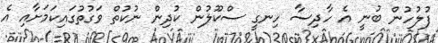
ފުލުހުން ބުނީ އެ ހާދިސާ ހިނގީ ސްކޫލުން ކުދިން ނުކުތް ވަގުތުގައިކަމަށާއި އެ